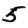
Digit: 5